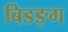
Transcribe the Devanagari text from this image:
बिडङ्ग